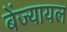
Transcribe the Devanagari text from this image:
बेंज्यायल